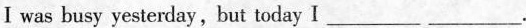
I was busy yesterday,but today I ___ ___.